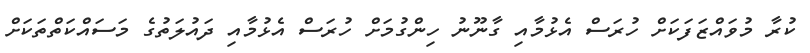
ކުރާ މުވައްޒަފަކަށް ހުރަސް އެޅުމާއި ގާނޫނު ހިންގުމަށް ހުރަސް އެޅުމާއި ދައުލަތުގެ މަސައްކަތްތަކަށް